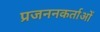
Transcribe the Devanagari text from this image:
प्रजननकर्ताओं